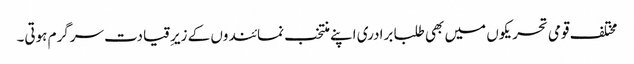
مختلف قومی تحریکوں میں بھی طلبا برادری اپنے منتخب نمائندوں کے زیرِقیادت سرگرم ہوتی۔